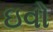
ઇવો